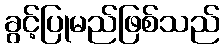
ခွင့်ပြုမည်ဖြစ်သည်